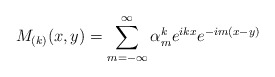
\begin{align*}M_{(k)}(x,y)=\sum_{m=-\infty }^{\infty }\alpha _{m}^{k}e^{ikx}e^{-im(x-y)}\end{align*}